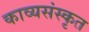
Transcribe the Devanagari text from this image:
काव्यसंस्कृत